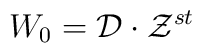
W_{0} = {\cal D} \cdot {\cal Z }^{st}